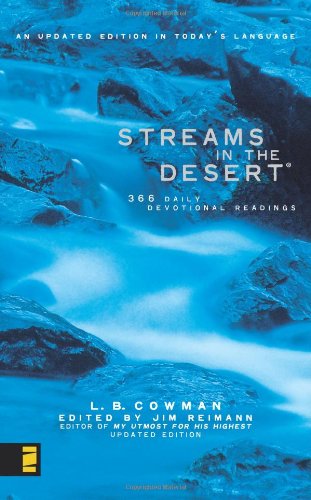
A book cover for Streams in the Desert; L. B. Cowman; Christian Books & Bibles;